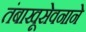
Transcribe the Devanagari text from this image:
तंबाखूसेवनाने